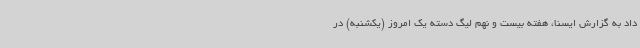
داد به گزارش ایسنا، هفته بیست و نهم لیگ دسته یک امروز (یکشنبه) در